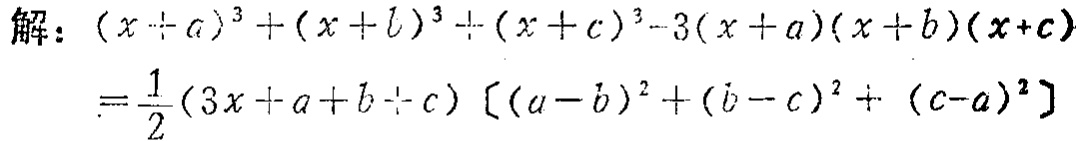
解：\((x + a)^{3}+(x + b)^{3}+(x + c)^{3}-3(x + a)(x + b)(x + c)\)
\(=\frac{1}{2}(3x + a + b + c)[(a - b)^{2}+(b - c)^{2}+(c - a)^{2}]\)